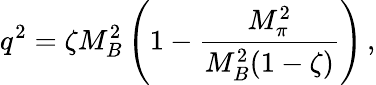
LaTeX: q^{2}=\zeta M_{B}^{2}\left(1-\frac{M_{\pi}^{2}}{M_{B}^{2}(1-\zeta)}\right)\, ,